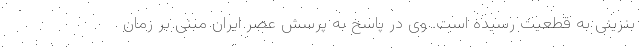
بنزینی به قطعیت رسیده است. وی در پاسخ به پرسش عصر ایران مبنی بر زمان